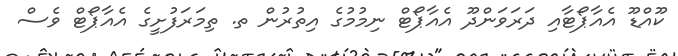
ކޫއްޑޫ އެއާޕޯޓާއި ދަރަވަންދޫ އެއާޕޯޓް ނިމުމުގެ އިތުރުން ތ. ތިމަރަފުށީގެ އެއާޕޯޓް ވެސް